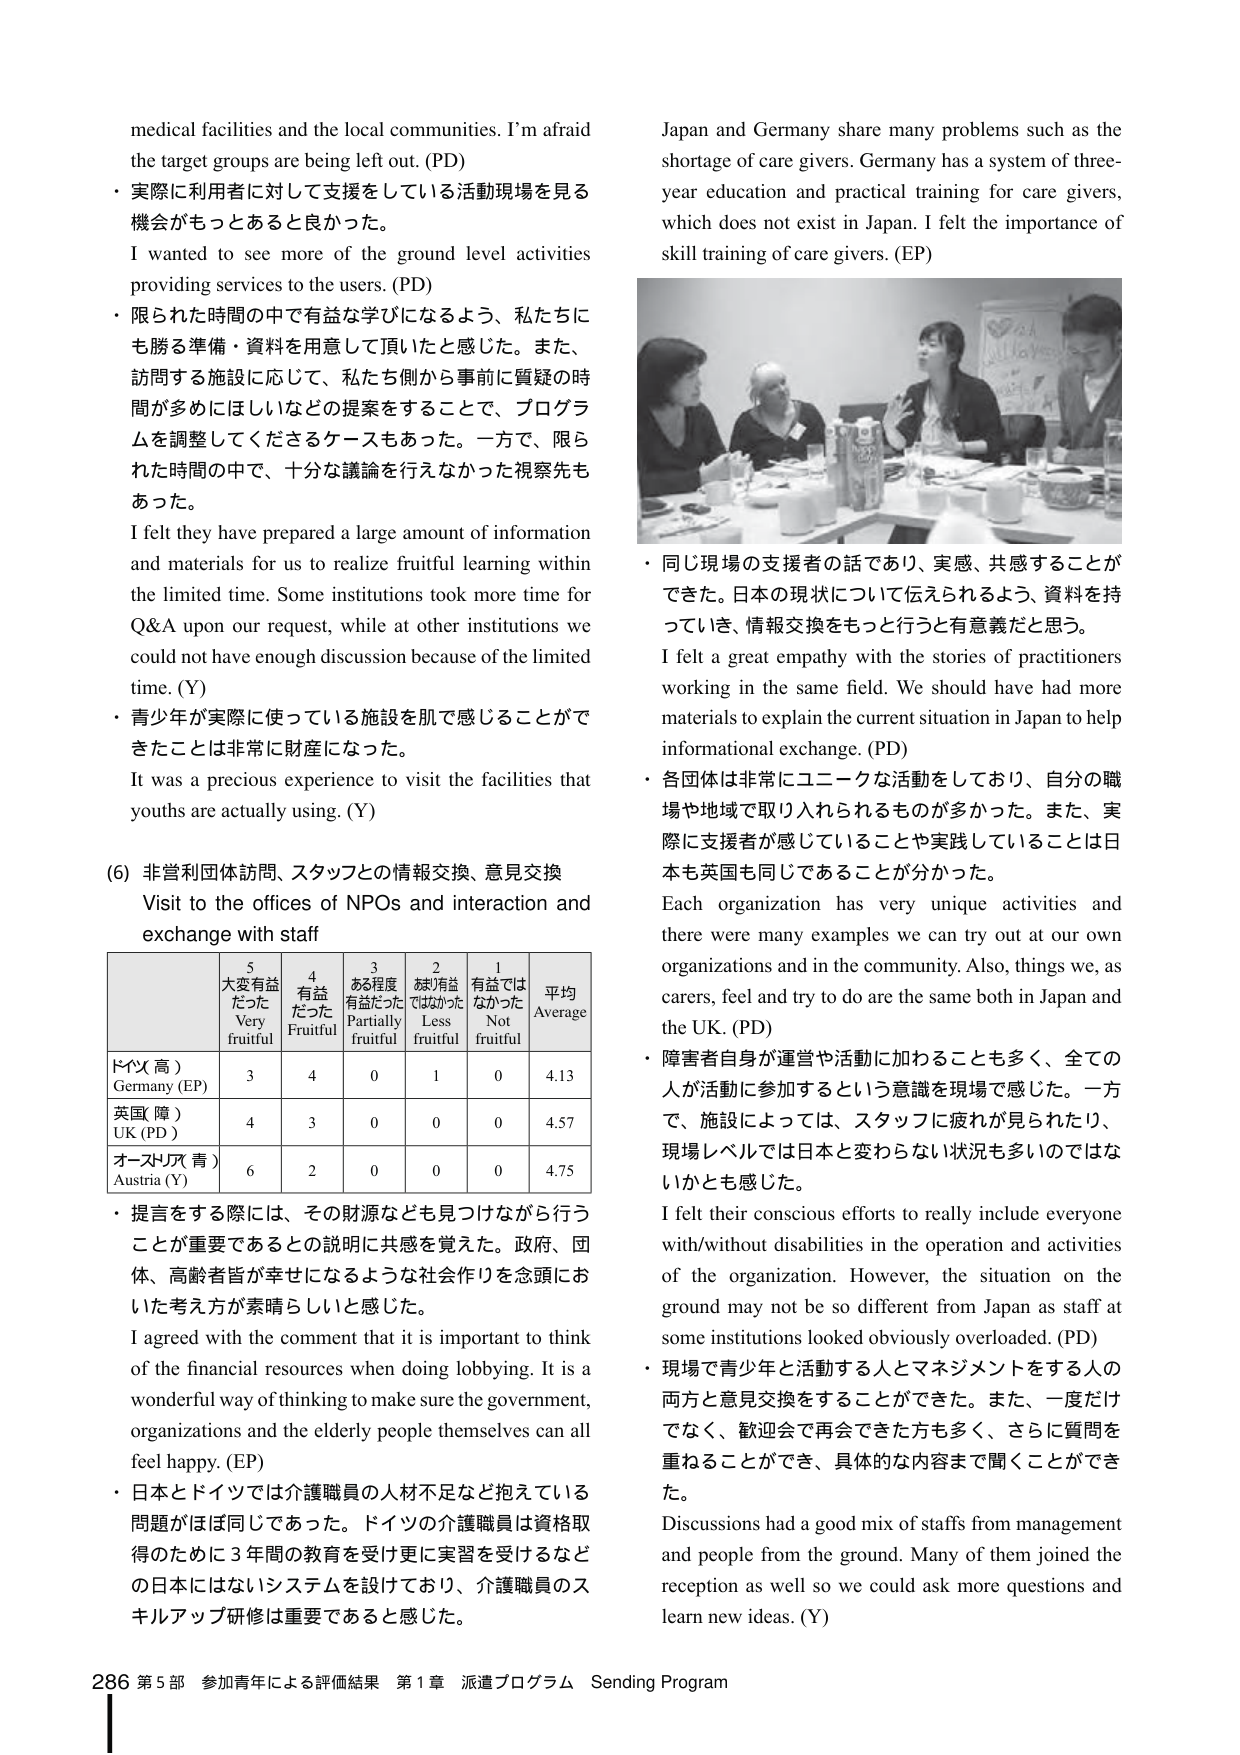
medical facilities and the local communities. I'm afraid the target groups are being left out. (PD)

・実際に利用者に対して支援をしている活動現場を見る機会がもっとあると良かった。
I wanted to see more of the ground level activities providing services to the users. (PD)

・限られた時間の中で有益な学びになるよう、私たちにも勝る準備・資料を用意して頂いたと感じた。また、訪問する施設に応じて、私たち側から事前に質疑の時間が多めにほしいなどの提案をすることで、プログラムを調整してくださるケースもあった。一方で、限られた時間の中で、十分な議論を行えなかった視察先もあった。
I felt they have prepared a large amount of information and materials for us to realize fruitful learning within the limited time. Some institutions took more time for Q&A upon our request, while at other institutions we could not have enough discussion because of the limited time. (Y)

・青少年が実際に使っている施設を肌で感じることができたことは非常に財産になった。
It was a precious experience to visit the facilities that youths are actually using. (Y)

(6) 非営利団体訪問、スタッフとの情報交換、意見交換
Visit to the offices of NPOs and interaction and exchange with staff

| | 5 大変有益だった Very fruitful | 4 有益だった Fruitful | 3 ある程度有益だった Partially fruitful | 2 あまり有益ではなかった Less fruitful | 1 有益ではなかった Not fruitful | 平均 Average |
|---|---|---|---|---|---|---|
| ドイツ（高） Germany (EP) | 3 | 4 | 0 | 1 | 0 | 4.13 |
| 英国（障） UK (PD) | 4 | 3 | 0 | 0 | 0 | 4.57 |
| オーストリア（青） Austria (Y) | 6 | 2 | 0 | 0 | 0 | 4.75 |

・提言をする際には、その財源なども見つけながら行うことが重要であるとの説明に共感を覚えた。政府、団体、高齢者皆が幸せになるような社会作りを念頭においた考え方が素晴らしいと感じた。
I agreed with the comment that it is important to think of the financial resources when doing lobbying. It is a wonderful way of thinking to make sure the government, organizations and the elderly people themselves can all feel happy. (EP)

・日本とドイツでは介護職員の人材不足など抱えている問題がほぼ同じであった。ドイツの介護職員は資格取得のために3年間の教育を受け更に実習を受けるなどの日本にはないシステムを設けており、介護職員のスキルアップ研修は重要であると感じた。

Japan and Germany share many problems such as the shortage of care givers. Germany has a system of three-year education and practical training for care givers, which does not exist in Japan. I felt the importance of skill training of care givers. (EP)

・同じ現場の支援者の話であり、実感、共感することができた。日本の現状について伝えられるよう、資料を持っていき、情報交換をもっと行うと有意義だと思う。
I felt a great empathy with the stories of practitioners working in the same field. We should have had more materials to explain the current situation in Japan to help informational exchange. (PD)

・各団体は非常にユニークな活動をしており、自分の職場や地域で取り入れられるもののが多かった。また、実際に支援者が感じていることや実践していることは日本も英国も同じであることが分かった。
Each organization has very unique activities and there were many examples we can try out at our own organizations and in the community. Also, things we, as carers, feel and try to do are the same both in Japan and the UK. (PD)

・障害者自身が運営や活動に加わることも多く、全ての人が活動に参加するという意識を現場で感じた。一方で、施設によっては、スタッフに疲れが見られたり、現場レベルでは日本と変わらない状況も多いのではないかとも感じた。
I felt their conscious efforts to really include everyone with/without disabilities in the operation and activities of the organization. However, the situation on the ground may not be so different from Japan as staff at some institutions looked obviously overloaded. (PD)

・現場で青少年と活動する人とマネジメントをする人の両方と意見交換をすることができた。また、一度だけでなく、歓迎会で再会できた方も多く、さらに質問を重ねることができ、具体的な内容まで聞くことができた。
Discussions had a good mix of staffs from management and people from the ground. Many of them joined the reception as well so we could ask more questions and learn new ideas. (Y)

286 第5部 参加青年による評価結果 第1章 派遣プログラム Sending Program